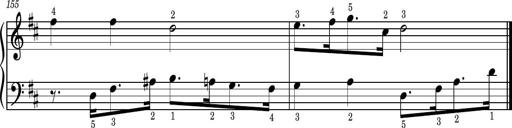
Title: Easy Progressive Lessons and 4 Sonatinas
Composer: Thomas Attwood